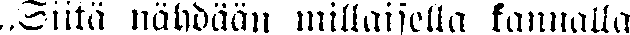
„Siitä nähdään millaisella kannalla